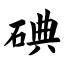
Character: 碘